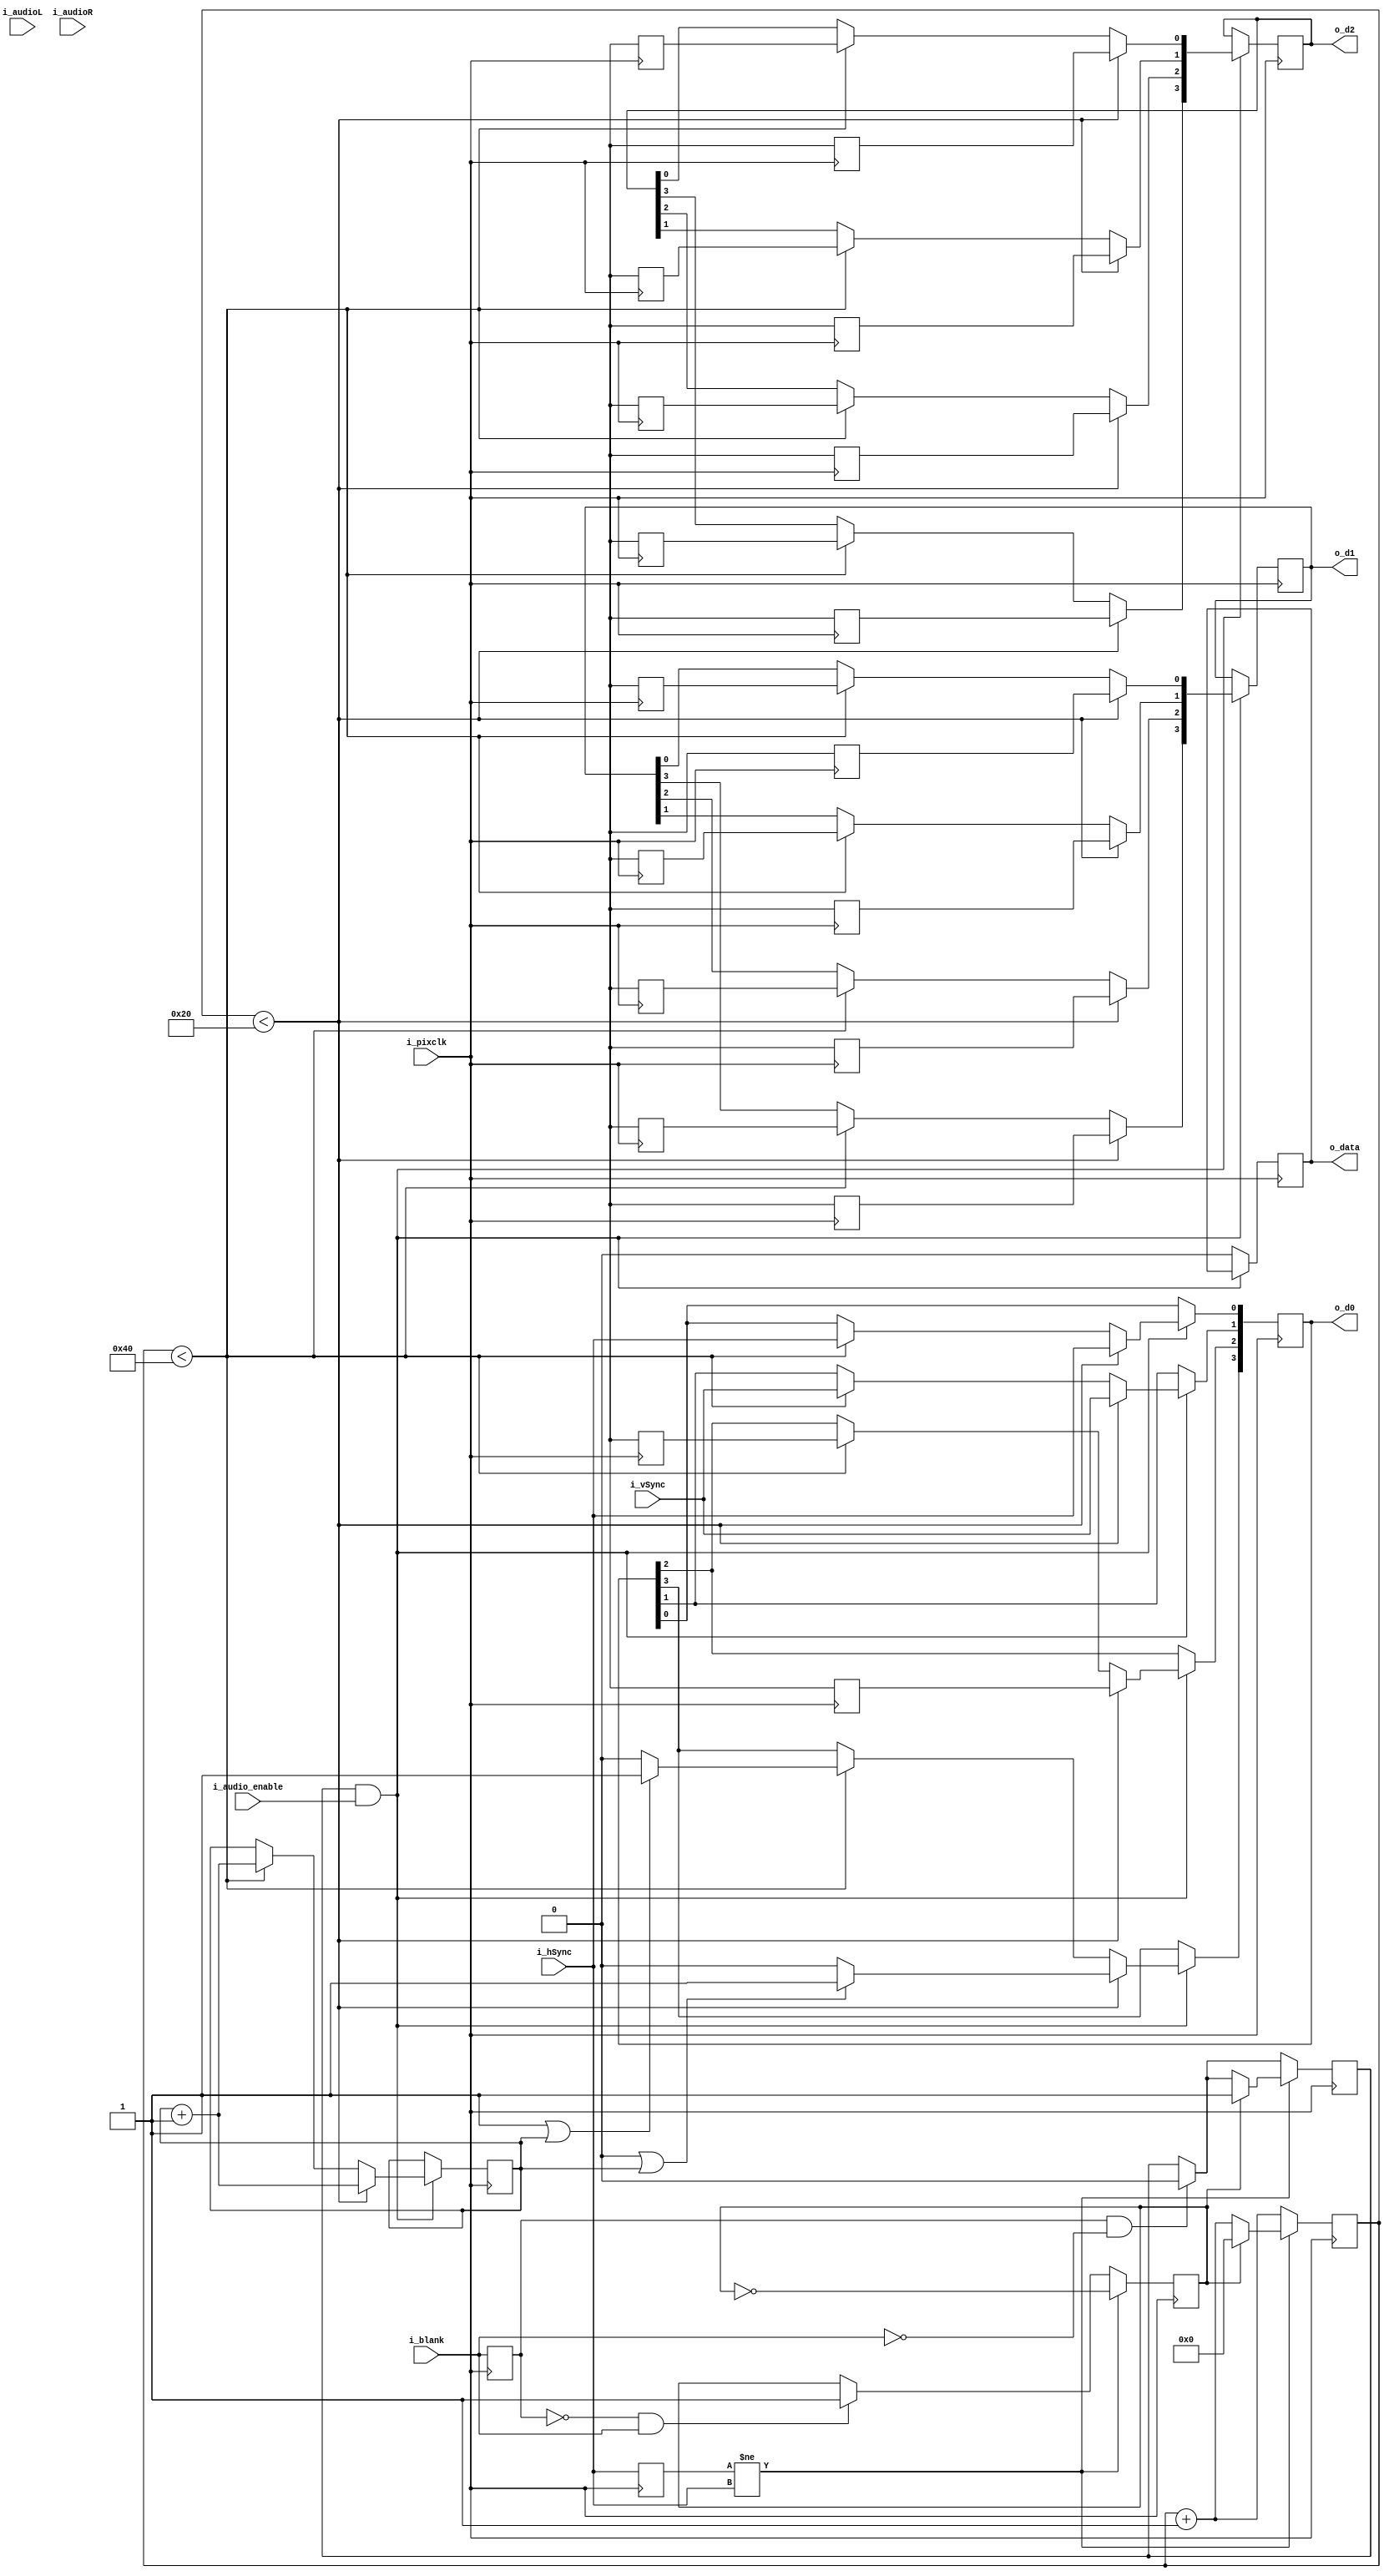
//---------------------------------------------------------------------------
//-- (c) 2016 Alexey Spirkov
//-- I am happy for anyone to use this for non-commercial use.
//-- If my verilog/vhdl/c files are used commercially or otherwise sold,
//-- please contact me for explicit permission at me _at_ alsp.net.
//-- This applies for source and binary form and derived works.
//
//-- Audio and infoframe packet generation mechanizms based on Charlie Cole 2015 
//-- design of HDMI output for Neo Geo MVS

module hdmidataencoder 
#(parameter FREQ=27000000, FS=48000, CTS=27000, N=6144) 
(
	input 			i_pixclk,
	input 			i_hSync,
	input 			i_vSync,
	input 			i_blank,
	input i_audio_enable,
	input [15:0] 	i_audioL,
	input [15:0] 	i_audioR,	
	output [3:0] 	o_d0,
	output [3:0] 	o_d1,
	output [3:0] 	o_d2,
	output 			o_data
);

`define AUDIO_TIMER_ADDITION	FS/1000
`define AUDIO_TIMER_LIMIT	FREQ/1000
localparam [191:0] channelStatus = (FS == 48000)?192'hc202004004:(FS == 44100)?192'hc200004004:192'hc203004004;
localparam [55:0] audioRegenPacket = {N[7:0], N[15:8], 8'h00, CTS[7:0], CTS[15:8], 16'h0000};
reg [23:0] audioPacketHeader;
reg [55:0] audioSubPacket[3:0];
reg [7:0] channelStatusIdx;
reg [16:0] audioTimer;
reg [16:0] ctsTimer;
reg [1:0] samplesHead;
reg [3:0] dataChannel0;
reg [3:0] dataChannel1;
reg [3:0] dataChannel2;
reg [23:0] packetHeader;
reg [55:0] subpacket[3:0];
reg [7:0] bchHdr;
reg [7:0] bchCode [3:0];
reg [4:0] dataOffset;
reg tercData;
reg [15:0] audioRAvg;
reg [15:0] audioLAvg;
reg [15:0] counterX;
reg firstHSyncChange;
reg oddLine;
reg prevHSync;
reg prevBlank;
reg allowGeneration;

initial
begin
	audioPacketHeader<=0;
	audioSubPacket[0]<=0;
	audioSubPacket[1]<=0;
	audioSubPacket[2]<=0;
	audioSubPacket[3]<=0;
	channelStatusIdx<=0;
	audioTimer<=0;
	samplesHead<=0;
	ctsTimer = 0;
	dataChannel0<=0;
	dataChannel1<=0;
	dataChannel2<=0;
	packetHeader<=0;
	subpacket[0]<=0;
	subpacket[1]<=0;
	subpacket[2]<=0;
	subpacket[3]<=0;
	bchHdr<=0;
	bchCode[0]<=0;
	bchCode[1]<=0;
	bchCode[2]<=0;
	bchCode[3]<=0;
	dataOffset<=0;
	tercData<=0;
	oddLine<=0;
	counterX<=0;
	prevHSync = 0;
	prevBlank = 0;
	firstHSyncChange = 0;
	allowGeneration = 0;
	audioRAvg = 0;
	audioLAvg = 0;
end

function [7:0] ECCcode;	// Cycles the error code generator
	input [7:0] code;
	input bita;
	input passthroughData;
	begin
		ECCcode = (code<<1) ^ (((code[7]^bita) && passthroughData)?(1+(1<<6)+(1<<7)):0);
	end
endfunction

task ECCu;
	output outbit;
	inout [7:0] code;
	input bita;
	input passthroughData;
	begin
		outbit <= passthroughData?bita:code[7];
		code <= ECCcode(code, bita, passthroughData);
	end
endtask

task ECC2u;
	output outbita;
	output outbitb;
	inout [7:0] code;
	input bita;
	input bitb;
	input passthroughData;
	begin
		outbita <= passthroughData?bita:code[7];
		outbitb <= passthroughData?bitb:(code[6]^(((code[7]^bita) && passthroughData)?1'b1:1'b0));
		code <= ECCcode(ECCcode(code, bita, passthroughData), bitb, passthroughData);
	end
endtask

task SendPacket;
	inout [32:0] pckHeader;
	inout [55:0] pckData0;
	inout [55:0] pckData1;
	inout [55:0] pckData2;
	inout [55:0] pckData3;
	input firstPacket;
begin
	dataChannel0[0]<=i_hSync;
	dataChannel0[1]<=i_vSync;
	dataChannel0[3]<=(!firstPacket || dataOffset)?1'b1:1'b0;
	ECCu(dataChannel0[2], bchHdr, pckHeader[0], dataOffset<24?1'b1:1'b0);
	ECC2u(dataChannel1[0], dataChannel2[0], bchCode[0], pckData0[0], pckData0[1], dataOffset<28?1'b1:1'b0);
	ECC2u(dataChannel1[1], dataChannel2[1], bchCode[1], pckData1[0], pckData1[1], dataOffset<28?1'b1:1'b0);
	ECC2u(dataChannel1[2], dataChannel2[2], bchCode[2], pckData2[0], pckData2[1], dataOffset<28?1'b1:1'b0);
	ECC2u(dataChannel1[3], dataChannel2[3], bchCode[3], pckData3[0], pckData3[1], dataOffset<28?1'b1:1'b0);
	pckHeader<=pckHeader[23:1];
	pckData0<=pckData0[55:2];
	pckData1<=pckData1[55:2];
	pckData2<=pckData2[55:2];
	pckData3<=pckData3[55:2];
	dataOffset<=dataOffset+5'b1;
end
endtask

task InfoGen;
	inout [16:0] _timer;
begin
	if (_timer >= CTS) begin
		packetHeader<=24'h000001;	// audio clock regeneration packet
		subpacket[0]<=audioRegenPacket;
		subpacket[1]<=audioRegenPacket;
		subpacket[2]<=audioRegenPacket;
		subpacket[3]<=audioRegenPacket;
		_timer <= _timer - CTS + 1;
	end else begin
		if (!oddLine) begin
			packetHeader<=24'h0D0282;	// infoframe AVI packet	
			// Byte0: Checksum (256-(S%256))%256
			// Byte1: 10 = 0(Y1:Y0<=0 RGB)(A0=1 active format valid)(B1:B0=00 No bar info)(S1:S0=00 No scan info)
			// Byte2: 19 = (C1:C0=0 No colorimetry)(M1:M0=1 4:3)(R3:R0=9 4:3 center)
			// Byte3: 00 = 0(SC1:SC0=0 No scaling)
			// Byte4: 00 = 0(VIC6:VIC0=0 custom resolution)
			// Byte5: 00 = 0(PR5:PR0=0 No repeation)
			subpacket[0]<=56'h00000000191046;
			subpacket[1]<=56'h00000000000000;
		end else begin
			packetHeader<=24'h0A0184;	// infoframe audio packet
			// Byte0: Checksum (256-(S%256))%256
			// Byte1: 11 = (CT3:0=1 PCM)0(CC2:0=1 2ch)
			// Byte2: 00 = 000(SF2:0=0 As stream)(SS1:0=0 As stream)
			// Byte3: 00 = LPCM doesn't use this
			// Byte4-5: 00 Multichannel only (>2ch)
			subpacket[0]<=56'h00000000001160;
			subpacket[1]<=56'h00000000000000;
		end
		subpacket[2]<=56'h00000000000000;
		subpacket[3]<=56'h00000000000000;
	end			
end
endtask

task AproximateAudio;
begin
	//audioLAvgSum <= audioLAvgSum + i_audioL;
	//audioRAvgSum <= audioRAvgSum + i_audioR;
	//audioLAvg <= audioLAvgSum/audioAvgCnt;
	//audioRAvg <= audioRAvgSum/audioAvgCnt;
	//audioAvgCnt <= audioAvgCnt + 1;
	
	audioLAvg <= i_audioL;
	audioRAvg <= i_audioR;
end
endtask

task AudioGen;
begin
	// Buffer up an audio sample
	// Don't add to the audio output if we're currently sending that packet though
	if (!( allowGeneration && counterX >= 32 && counterX < 64)) begin
		if (audioTimer>=`AUDIO_TIMER_LIMIT) begin
			audioTimer<=audioTimer-`AUDIO_TIMER_LIMIT+`AUDIO_TIMER_ADDITION;
			audioPacketHeader<=audioPacketHeader|24'h000002|((channelStatusIdx==0?24'h100100:24'h000100)<<samplesHead);
			audioSubPacket[samplesHead]<=((audioLAvg<<8)|(audioRAvg<<32)
								|((^audioLAvg)?56'h08000000000000:56'h0)	// parity bit for left channel
								|((^audioRAvg)?56'h80000000000000:56'h0))	// parity bit for right channel
								^(channelStatus[channelStatusIdx]?56'hCC000000000000:56'h0); // And channel status bit and adjust parity
			if (channelStatusIdx<191)
				channelStatusIdx<=channelStatusIdx+8'd1;
			else
				channelStatusIdx<=0;
			samplesHead<=samplesHead+2'd1;
		end else begin
			audioTimer<=audioTimer+`AUDIO_TIMER_ADDITION;
			AproximateAudio();
		end
	end else begin
		audioTimer<=audioTimer+`AUDIO_TIMER_ADDITION;
		AproximateAudio();		
		samplesHead<=0;
	end
end
endtask

task SendPackets;
	inout dataEnable;
begin
	if (counterX<32) begin
		// Send first data packet (Infoframe or audio clock regen)
		dataEnable<=1;
		SendPacket(packetHeader, subpacket[0], subpacket[1], subpacket[2], subpacket[3], 1);
	end else if (counterX<64)	begin
		// Send second data packet (audio data)
		SendPacket(audioPacketHeader, audioSubPacket[0], audioSubPacket[1], audioSubPacket[2], audioSubPacket[3], 0);
	end else begin
		dataEnable<=0;
	end
end
endtask

always @(posedge i_pixclk)
begin
	
	AudioGen();

	// Send 2 packets each line
	if(allowGeneration & i_audio_enable) begin
		SendPackets(tercData);
	end else begin
		tercData<=0;
   end 	

	ctsTimer <= ctsTimer + 1;	

	if((prevBlank == 0) && (i_blank == 1)) 
		firstHSyncChange <= 1;
	
	if((prevBlank == 1) && (i_blank == 0)) 
		allowGeneration <= 0;

	if(prevHSync != i_hSync) begin
		if(firstHSyncChange) begin
			InfoGen(ctsTimer);
		   oddLine <= ! oddLine;
		   counterX  <= 0;
			allowGeneration <= 1;
		end else begin
		   counterX  <= counterX + 1;	
		end
		firstHSyncChange <= !firstHSyncChange;
	end else 
		counterX  <= counterX + 1;	
	
	prevBlank <= i_blank;
	prevHSync <= i_hSync;
end

assign o_d0 = dataChannel0;
assign o_d1 = dataChannel1;
assign o_d2 = dataChannel2;
assign o_data = tercData;

endmodule